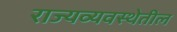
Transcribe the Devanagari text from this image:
राज्यव्यवस्थेतील